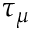
\tau _ { \mu }